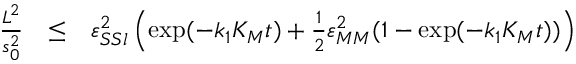
\begin{array} { r c l } { \frac { L ^ { 2 } } { s _ { 0 } ^ { 2 } } } & { \leq } & { \varepsilon _ { S S l } ^ { 2 } \left( \exp ( - k _ { 1 } K _ { M } t ) + \frac 1 2 \varepsilon _ { M M } ^ { 2 } ( 1 - \exp ( - k _ { 1 } K _ { M } t ) ) \right) } \end{array}